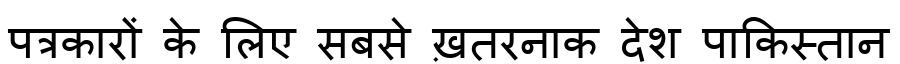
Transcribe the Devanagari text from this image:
पत्रकारों के लिए सबसे ख़तरनाक देश पाकिस्तान